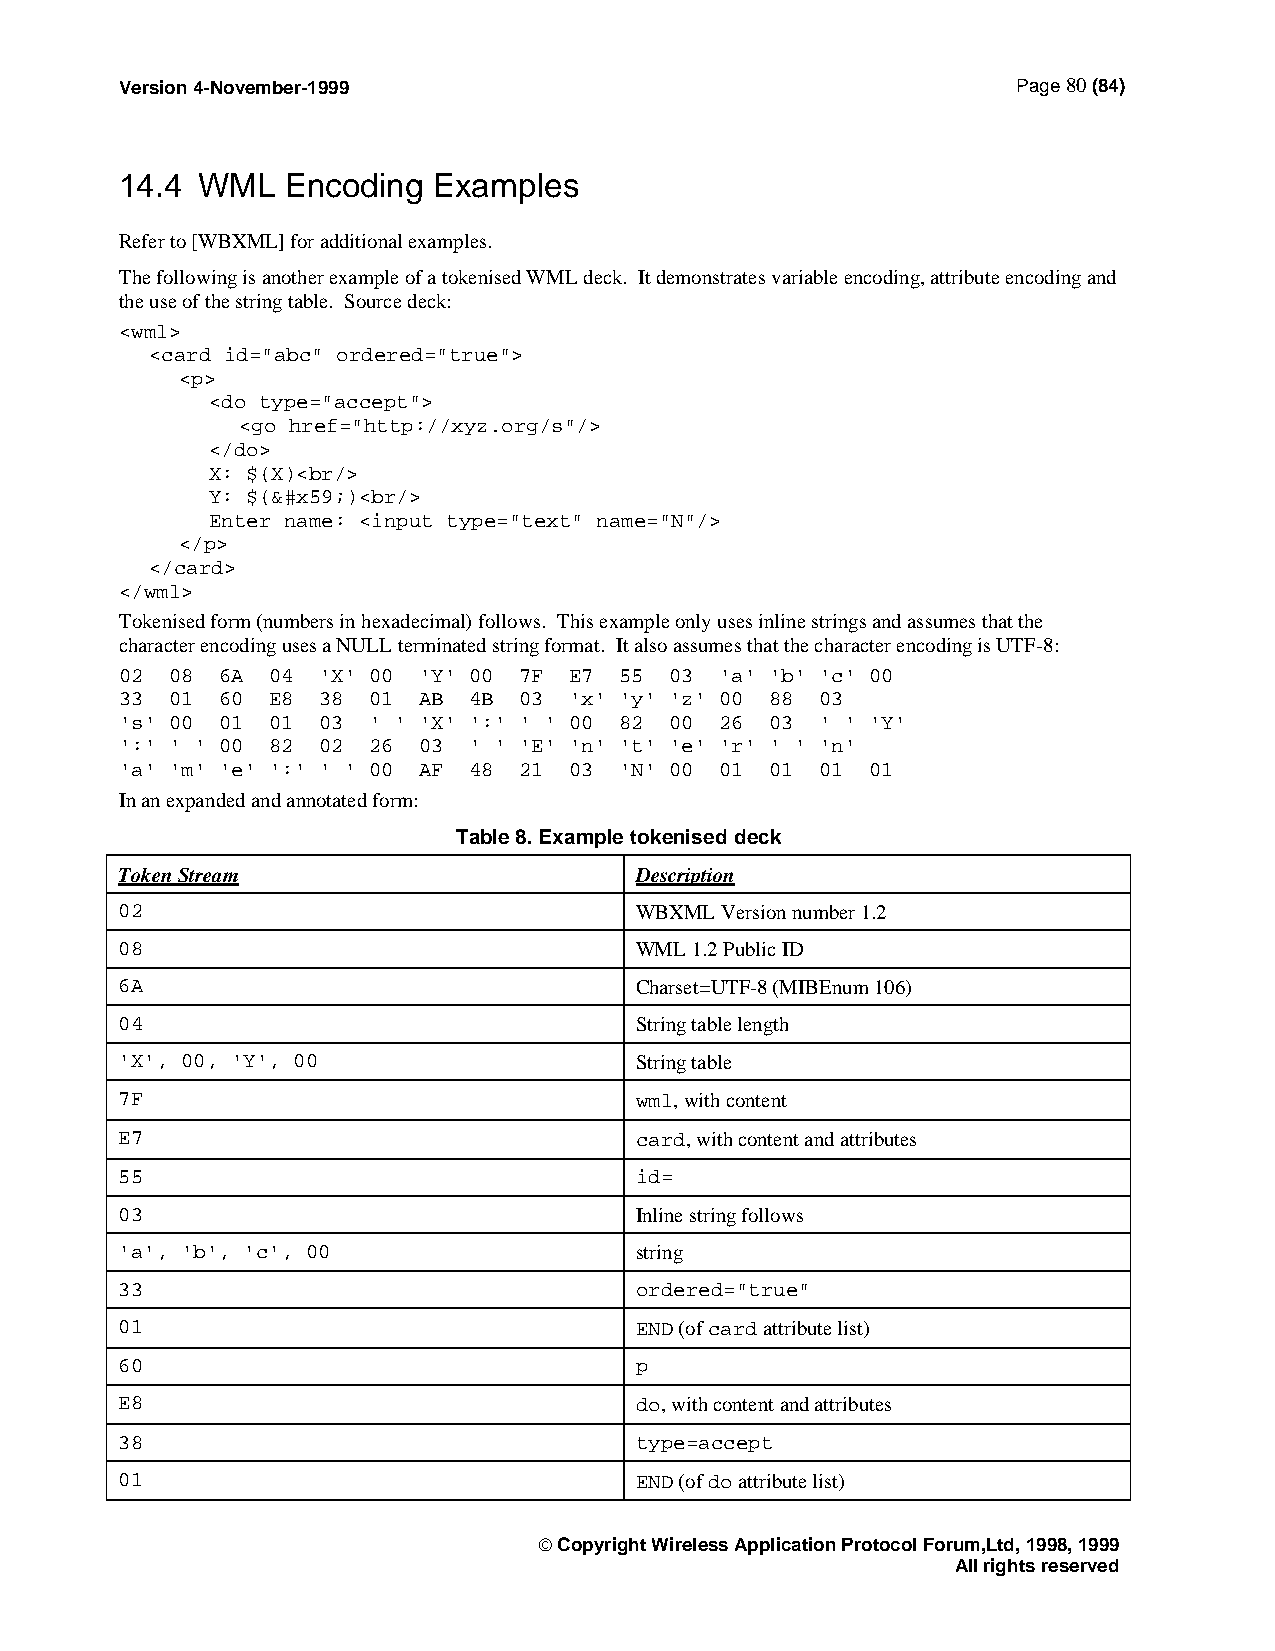
Version 4-November-1999                                    Page 80 (84)
 14.4 WML   Encoding  Examples
 Refer to [WBXML] for additional examples.
 The following is another example of a tokenised WML deck. It demonstrates variable encoding, attribute encoding and
 the use of the string table. Source deck:
 <wml>
 <card id="abc" ordered="true">
 <p>
 <do type="accept">
 <go href="http://xyz.org/s"/>
 </do>
 X: $(X)<br/>
 Y: $(&#x59;)<br/>
 Enter name: <input type="text" name="N"/>
 </p>
 </card>
 </wml>
 Tokenised form (numbers in hexadecimal) follows. This example only uses inline strings and assumes that the
 character encoding uses a NULL terminated string format. It also assumes that the character encoding is UTF-8:
 02 08 6A  04 'X' 00 'Y' 00 7F E7 55 03  'a' 'b' 'c' 00
 33 01 60  E8 38 01  AB 4B 03  'x' 'y' 'z' 00 88 03
 's' 00 01 01 03 ' ' 'X' ':' ' ' 00 82 00 26 03 ' ' 'Y'
 ':' ' ' 00 82 02 26 03 ' ' 'E' 'n' 't' 'e' 'r' ' ' 'n'
 'a' 'm' 'e' ':' ' ' 00 AF 48 21 03 'N' 00 01 01 01 01
 In an expanded and annotated form:
 Table 8. Example tokenised deck
 Token Stream                      Description
 02                                WBXML Version number 1.2
 08                                WML 1.2 Public ID
 6A                                Charset=UTF-8 (MIBEnum 106)
 04                                String table length
 'X', 00, 'Y', 00                  String table
 7F                                wml, with content
 E7                                card, with content and attributes
 55                                id=
 03                                Inline string follows
 'a', 'b', 'c', 00                 string
 33                                ordered="true"
 01                                END (of card attribute list)
 60                                p
 E8                                do, with content and attributes
 38                                type=accept
 01                                END (of do attribute list)
  Copyright Wireless Application Protocol Forum,Ltd, 1998, 1999
 All rights reserved